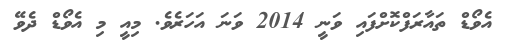
އެވޯޑް ތައާރަފްކޮށްފައި ވަނީ 2014 ވަނަ އަހަރެވެ. މިއީ މި އެވޯޑް ދެވޭ